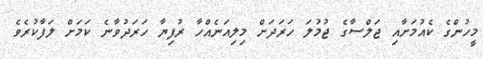
މީހުންގެ ކެއުމަށާއި ޖަލްސާގެ ޖުމުލަ ހަރަދަށް މިލިއަނެއްހާ ރުފިޔާ ހަރަދުވާނެ ކަމަށް ލަފާކުރެވެ